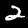
Label: 2